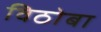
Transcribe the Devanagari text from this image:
विठाेबा